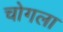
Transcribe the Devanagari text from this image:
चोगला